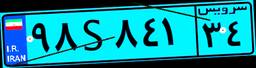
۸۰S۶۸۲۷۷